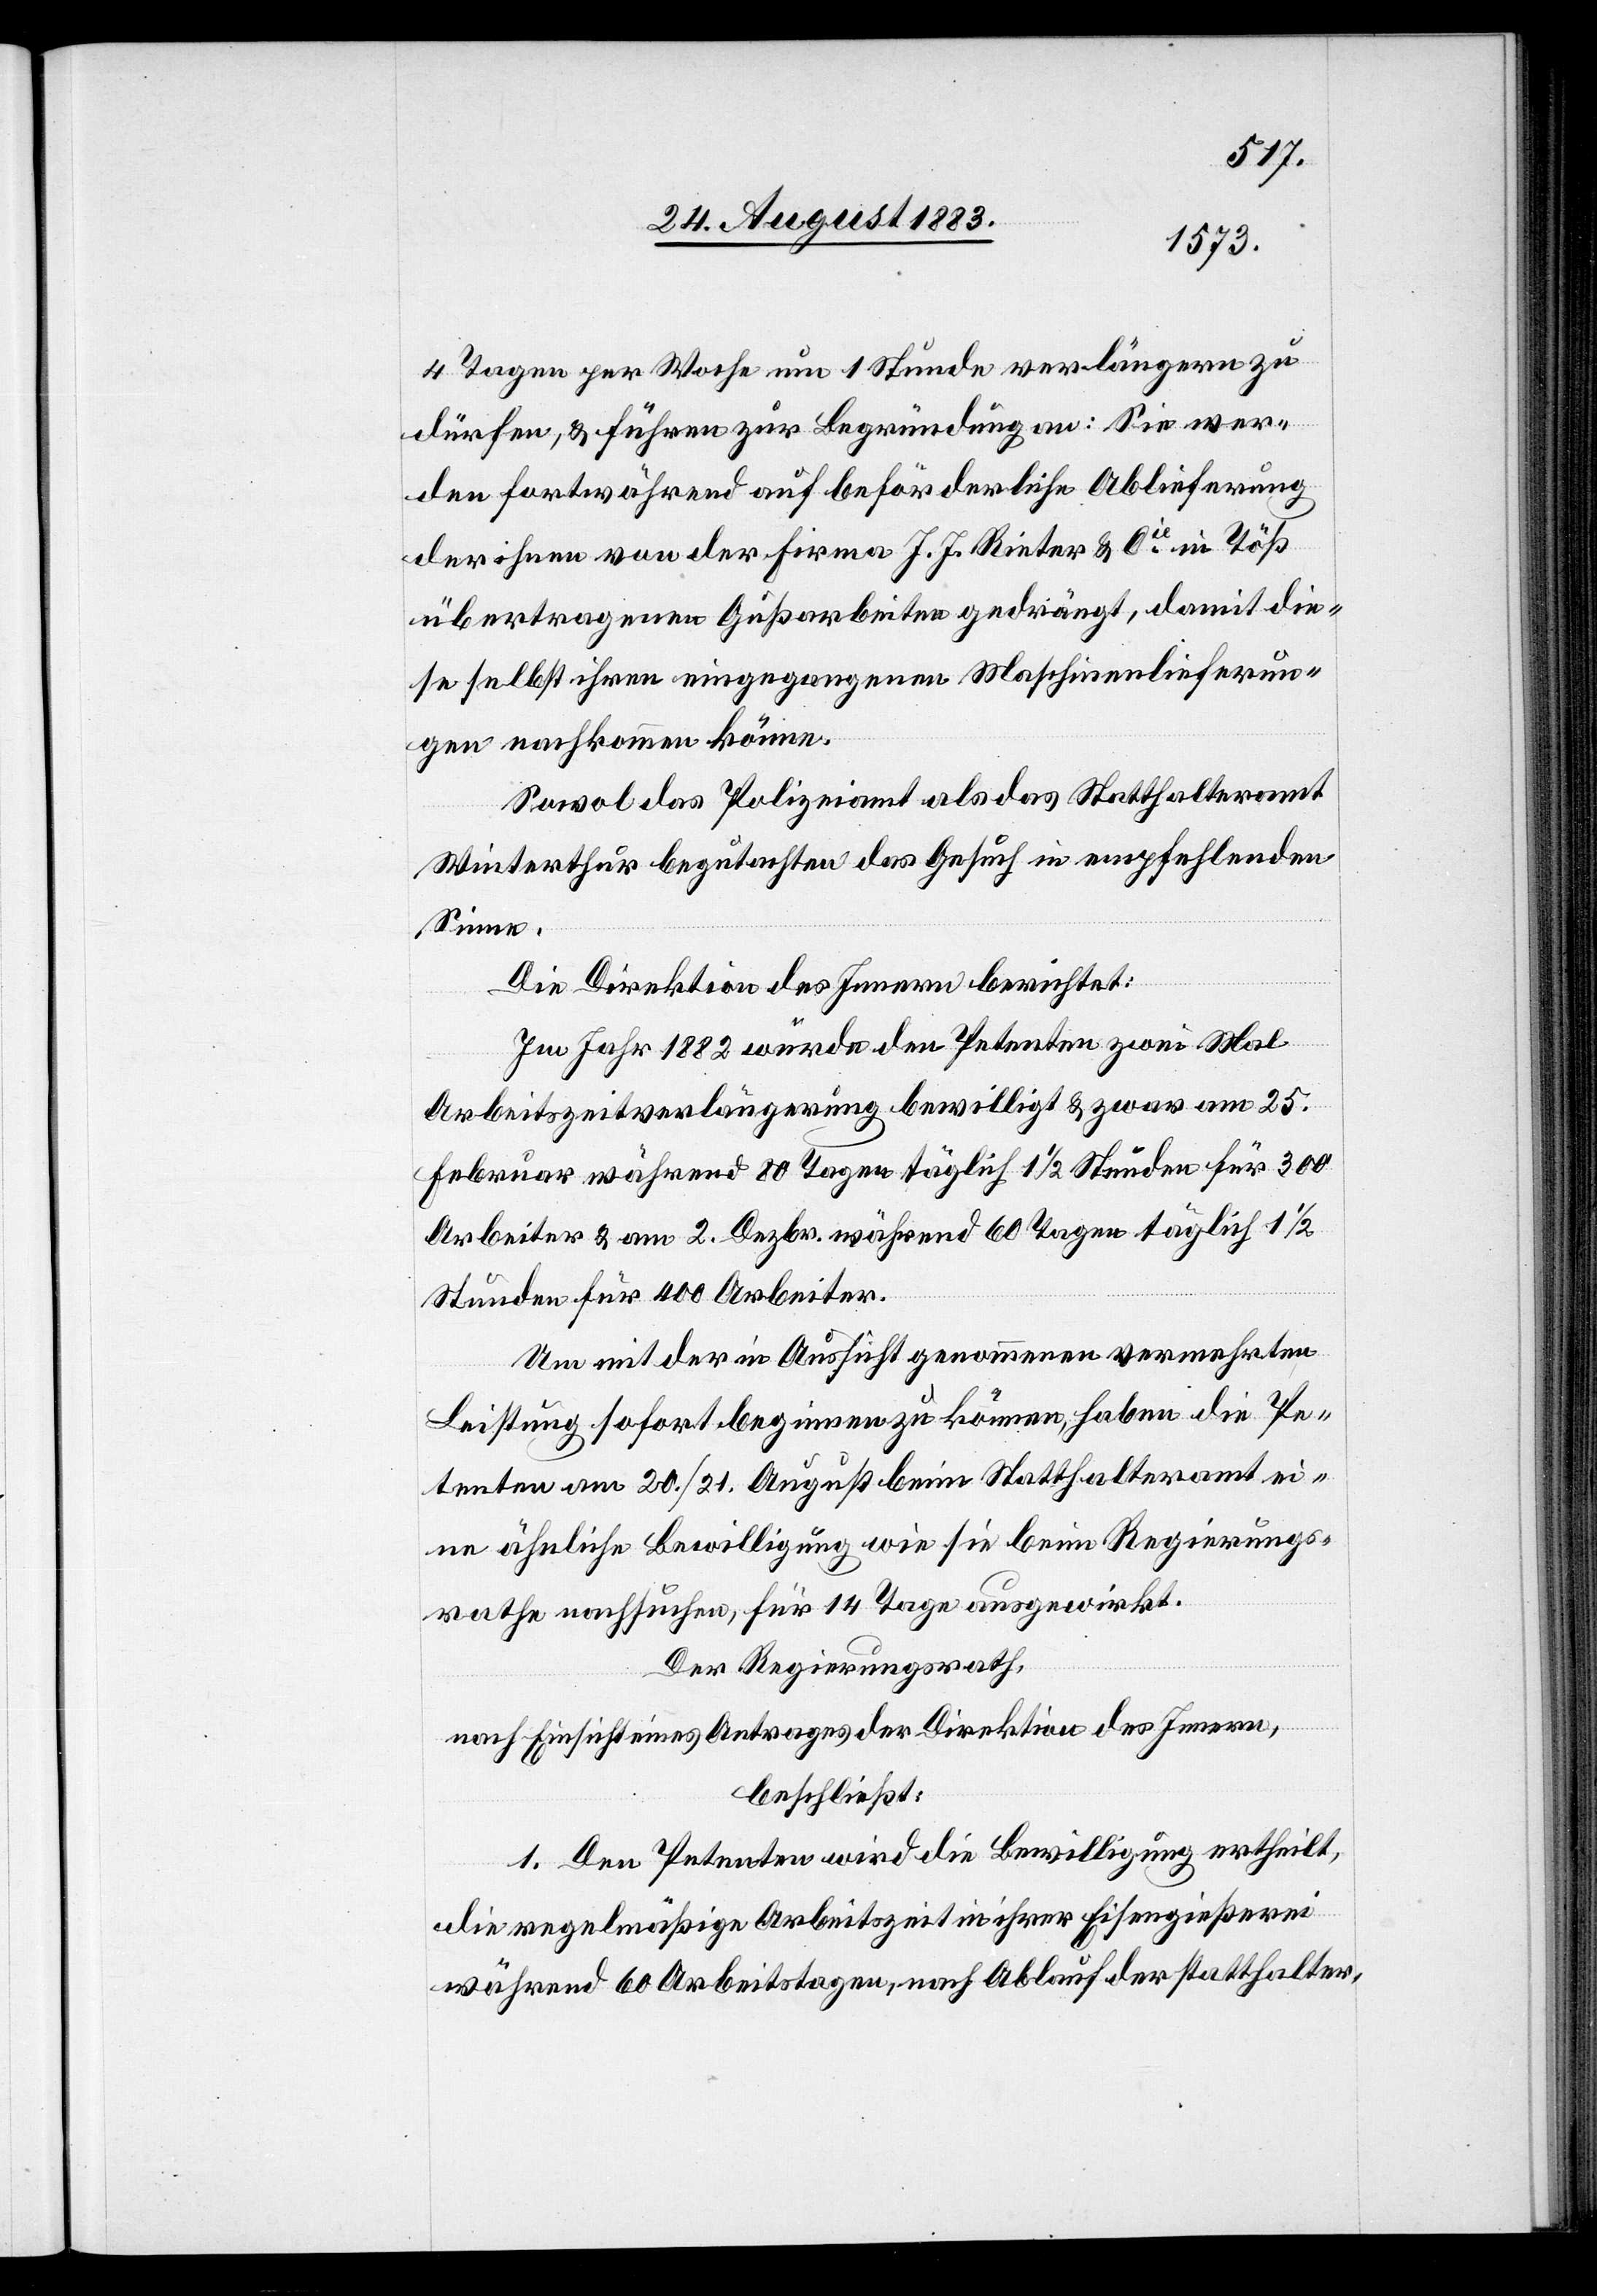
4 Tagen per Woche um 1 Stunde verlängern zu
dürfen, & führen zur Begründung an: Sie wer¬
den fortwährend auf beförderliche Ablieferung
der ihnen von der Firma J. J. Rieter & Cie in Töß
übertragenen Gußarbeiten gedrängt, damit die¬
se selbst ihren eingegangenen Maschinenlieferun¬
gen nachkommen können.
Sowol das Polizeiamt als das Statthalteramt
Winterthur begutachten das Gesuch in empfehlendem
Sinne.
Die Direktion des Innern berichtet:
Im Jahr 1882 wurde den Petenten zwei Mal
Arbeitszeitverlängerung bewilligt & zwar am 25.
Februar während 80 Tagen täglich 1 1/2 Stunden für 300
Arbeiter & am 2. Dezbr. während 60 Tagen täglich 1 1/2
Stunden für 400 Arbeiter.
Um it der in Aussicht genommene vermehrten
Leistung sofort beginnen zu können, haben die Pe¬
tenten am 20./21. August beim Statthalteramt ei¬
ne ähnliche Bewilligung wie sie beim Regierungs¬
rathe nachsuchen, für 14 Tage ausgewirkt.
Der Regierungsrath,
nach Einsicht eines Antrages der Direktion des Innern,
beschließt:
1. Den Petenten wird die Bewilligung ertheilt,
die regelmäßige Arbeitszeit in ihrer Eisengießerei
während 60 Arbeitstagen, nach Ablauf der statthalter-